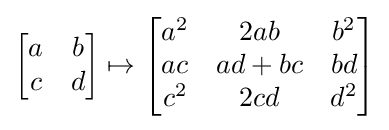
{\begin{bmatrix}a&b\\c&d\end{bmatrix}}\mapsto {\begin{bmatrix}a^{2}&2ab&b^{2}\\ac&ad+bc&bd\\c^{2}&2cd&d^{2}\end{bmatrix}}